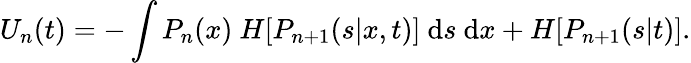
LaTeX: U_{n}(t)=-\int P_{n}(x)\ H[P_{n+1}(s|x,t)]\ \mathrm{d}s\ \mathrm{d}x+H[P_{n+1}(s|t)].